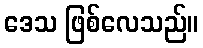
ဒေသ ဖြစ်လေသည်။